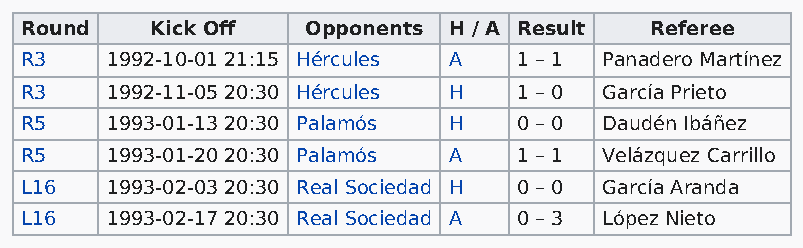
Round    Kick Off  Opponents H / A Result Referee
 R3    1992-10-01 21:15 Hércules A 1 – 1 Panadero Martínez
 R3    1992-11-05 20:30 Hércules H 1 – 0 García Prieto
 R5    1993-01-13 20:30 Palamós H 0 – 0 Daudén Ibáñez
 R5    1993-01-20 20:30 Palamós A 1 – 1 Velázquez Carrillo
 L16   1993-02-03 20:30 Real Sociedad H 0 – 0 García Aranda
 L16   1993-02-17 20:30 Real Sociedad A 0 – 3 López Nieto